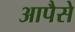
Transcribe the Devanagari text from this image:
आपैसे